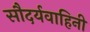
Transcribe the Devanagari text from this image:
सौदर्यवाहिनी